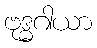
ဗုဒ္ဓဂါယာ